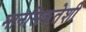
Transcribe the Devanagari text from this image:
मानसिकतेशी